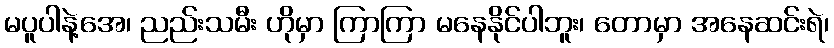
မပူပါနဲ့အေ၊ ညည်းသမီး ဟိုမှာ ကြာကြာ မနေနိုင်ပါဘူး၊ တောမှာ အနေဆင်းရဲ၊